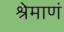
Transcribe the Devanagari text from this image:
श्रेमाणं